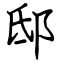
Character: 邸